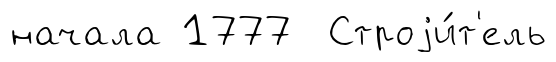
начала 1777 Строjи́т'ель